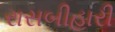
રાસબીહારી